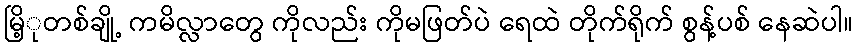
မြိ့ုတစ်ချို့ ကမိလ္လာတွေ ကိုလည်း ကိုမဖြတ်ပဲ ရေထဲ တိုက်ရိုက် စွန့်ပစ် နေဆဲပါ။